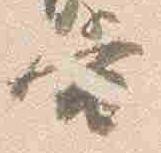
当